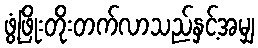
ဖွံ့ဖြိုးတိုးတက်လာသည်နှင့်အမျှ